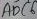
Text: ADC6